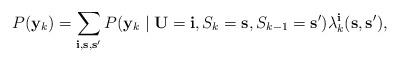
LaTeX: \begin{align*}P(\mathbf{y}_{k})=\sum_{\mathbf{i},\mathbf{s},\mathbf{s'}}P(\mathbf{y}_{k} \mid \mathbf{U}=\mathbf{i},S_{k}=\mathbf{s},S_{k-1}=\mathbf{s'}) \lambda_{k}^{\mathbf{i}}(\mathbf{s},\mathbf{s'}),\end{align*}